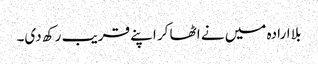
بلا ارادہ میں نے اٹھا کر اپنے قریب رکھ دی۔